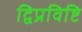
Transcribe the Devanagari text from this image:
द्विप्रविष्टि